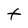
Character: t